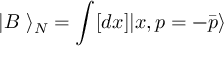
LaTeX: | B ~ \rangle _ { N } = \int [ d x ] | x , p = - \bar { p } \rangle